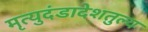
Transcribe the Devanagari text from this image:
मृत्युदंडादेशतुल्य